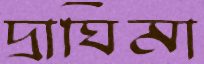
দ্রাঘিমা